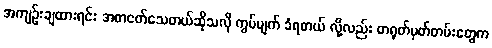
အကျဉ်းချထားရင်း အစာငတ်သေတယ်ဆိုသလို ကွပ်မျက် ခံရတယ် လို့လည်း တရုတ်မှတ်တမ်းတွေက